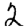
Digit: 2